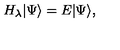
H _ { \lambda } | \Psi \rangle = E | \Psi \rangle ,